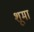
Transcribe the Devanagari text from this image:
शूमा